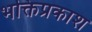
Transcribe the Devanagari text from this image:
भक्तिप्रकाश